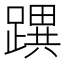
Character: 𨅜